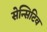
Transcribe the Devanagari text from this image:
सेन्सिटिव